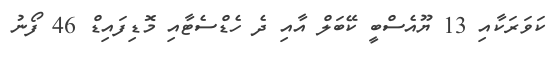
ކަވަރަކާއި 13 ޔޫއެސްބީ ކޭބަލް އާއި ދެ ހެޑްސެޓާއި މޮޑިފައިޑް 46 ފޯނު